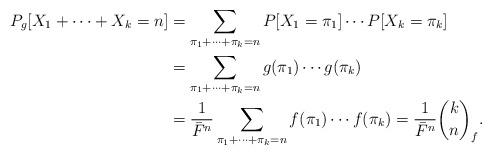
LaTeX: \begin{align*} P_g[X_1+\cdots+X_k=n] &= \sum_{\pi_1+\cdots+\pi_k=n} P[X_1=\pi_1]\cdots P[X_k=\pi_k]\\ & = \sum_{\pi_1+\cdots+\pi_k=n} g(\pi_1)\cdots g(\pi_k) \\&= \frac{1}{\bar{F}^n}\sum_{\pi_1+\cdots+\pi_k=n} f(\pi_1)\cdots f(\pi_k) = \frac{1}{\bar{F}^n}\binom{k}{n}_f. \end{align*}